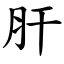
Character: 肝